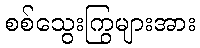
စစ်သွေးကြွများအား